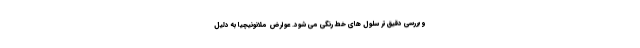
و بررسی دقیق‌تر سلول های خط رنگی می شود. عوارض ملانونیچیا به دلیل